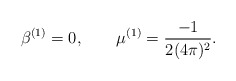
\begin{align*}\beta^{(1)}=0,\qquad\mu^{(1)}=\frac{-1}{2(4\pi)^2}.\end{align*}